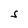
Character: S